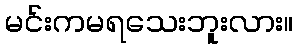
မင်းကမရသေးဘူးလား။